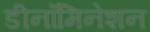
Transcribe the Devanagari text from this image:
डीनॉमिनेशन